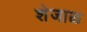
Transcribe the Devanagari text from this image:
शेजाळ